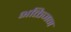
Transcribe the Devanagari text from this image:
भक्तिजन